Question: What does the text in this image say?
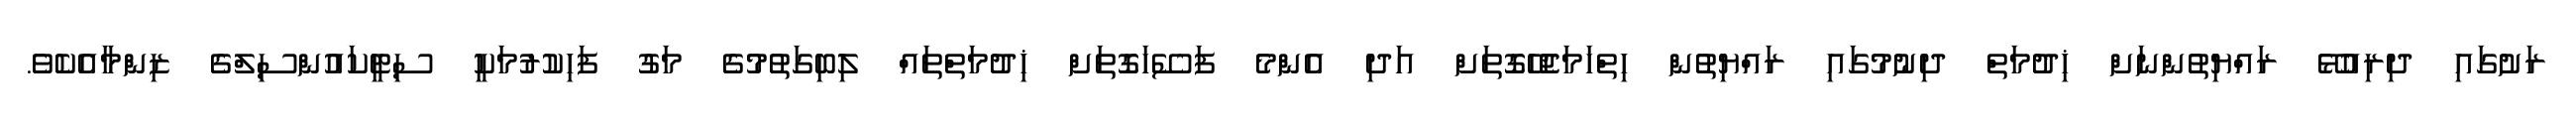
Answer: ރަށުގައި ދިރިއުޅޭ ރައްޔިތުންނަށް ޚިދުމަތް ދިނުމުގައި ރައްޔިތުން ހިތްހަމަޖެހޭގޮތަށް އަދި އެންމެ ފަސޭހަގޮތަށް ޚިދުމަތްތައް ލިބިގަތުމުގެ މަގު ފަހިކުރުމަކީ ސިޓީކައުންސިލްގެ ޒިންމާއެކެވެ.